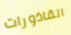
القاذورات